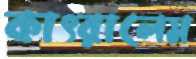
কাৎরালেম